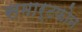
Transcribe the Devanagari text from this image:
समार्टफोन